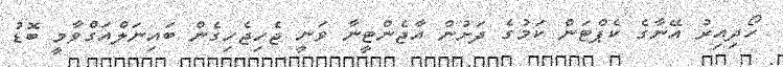
ހޯދިއިރު އޭނާގެ ކެޕްޓަން ކަމުގެ ދަށުން އާޖެންޓީނާ ވަނީ ޖެހިޖެހިގެން ބައިނަލްއަގްވާމީ ބޮޑު